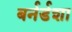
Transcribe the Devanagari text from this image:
बर्नर्डशा